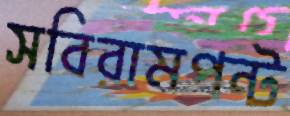
সবিরামপন্ট